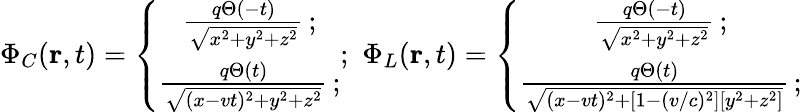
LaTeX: \Phi_{C}({\mathbf r},t)=\left\{ \begin{array}{ccc}{\frac{q\Theta(-t)}{\sqrt{x^{2}+y^{2}+z^{2}}}\, ;}\\ {\frac{q\Theta(t)}{\sqrt{(x-vt)^{2}+y^{2}+z^{2}}}\, ;}\end{array}\right.;\, \, \Phi_{L}({\mathbf r},t)=\left\{ \begin{array}{ccc}{\frac{q\Theta(-t)}{\sqrt{x^{2}+y^{2}+z^{2}}}\, ;}\\ {\frac{q\Theta(t)}{\sqrt{(x-vt)^{2}+[1-(v/c)^{2}][y^{2}+z^{2}]}}\, ;}\end{array}\right.